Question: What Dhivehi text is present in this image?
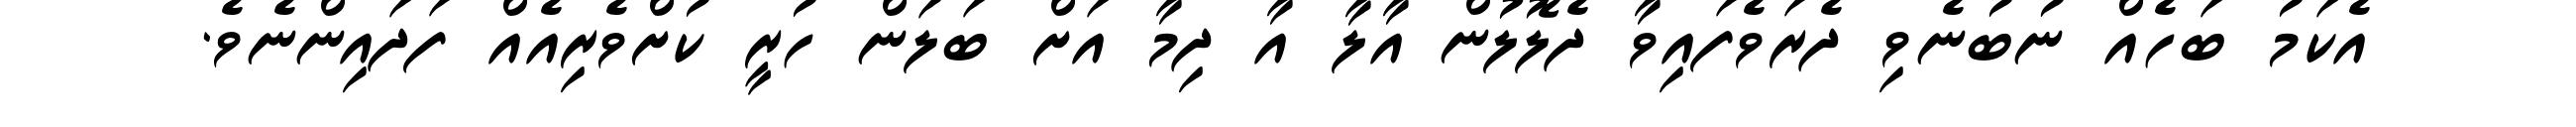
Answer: އެކަމު ބަހެއް ނުބުނެވި ދެރަވެފައިވާ ދެލޮލުން އާލާ އާ ދިމާ އަށް ބަލަން ހުރީ ކުށްވެރިއެއް ފަދައިންނެވެ.